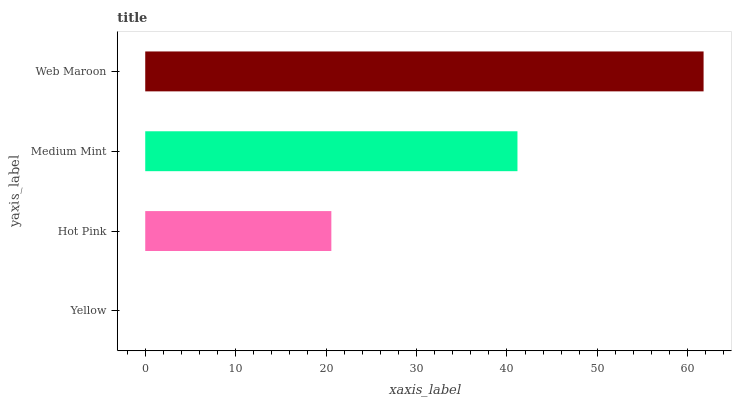
| yaxis_label | bars |
 | --- | --- |
 | Yellow | 0 |
 | Hot Pink | 20.6 |
 | Medium Mint | 41.2 |
 | Web Maroon | 61.7 |